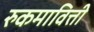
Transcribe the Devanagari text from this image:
रुकमावित्ती